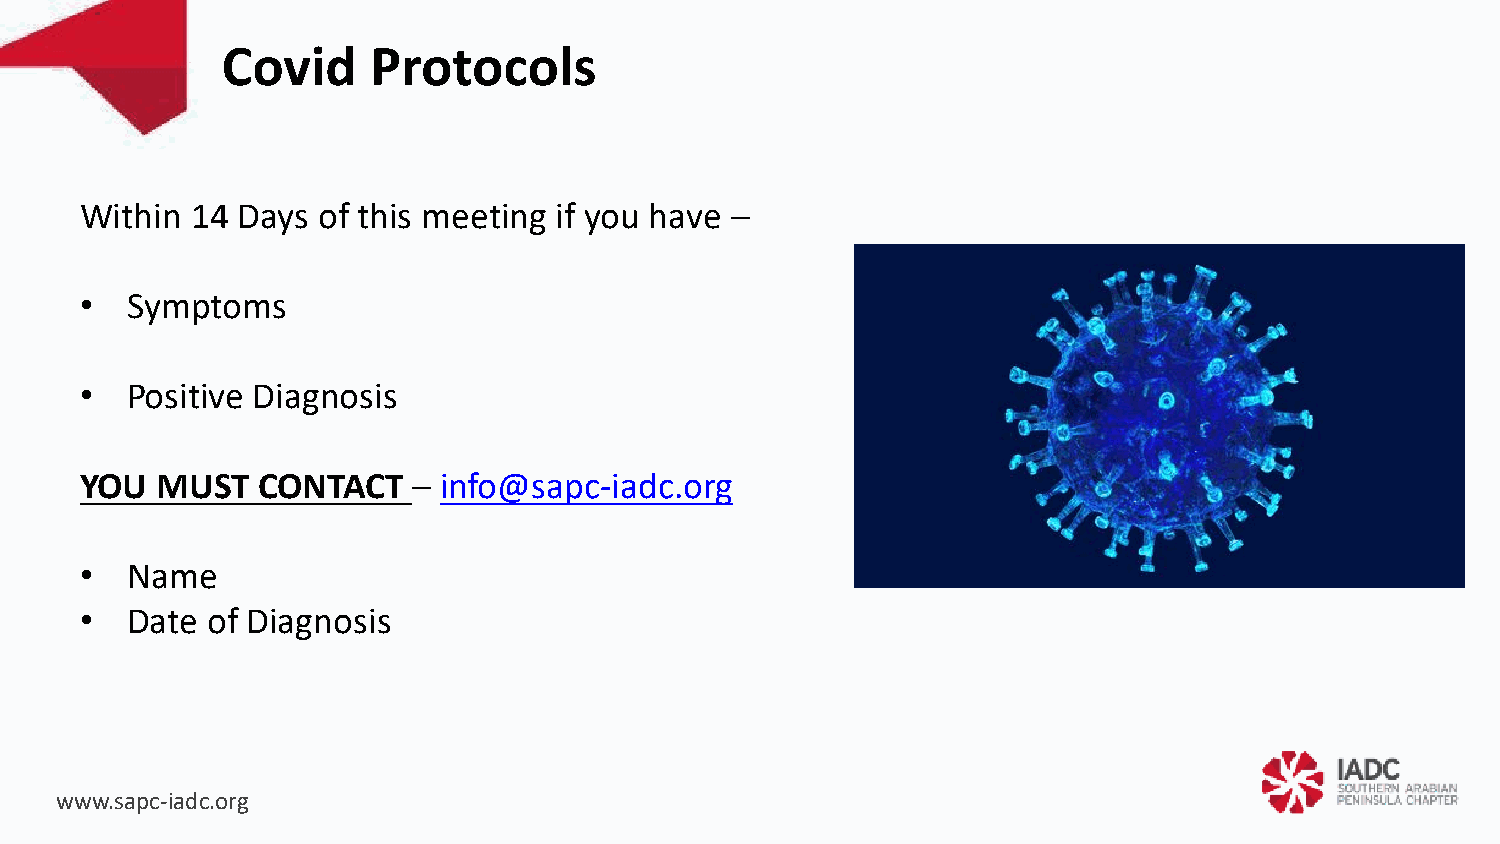
Covid     Protocols
 Within  14 Days of this meeting if you have –
 •  Symptoms
 •  Positive Diagnosis
 YOU  MUST   CONTACT   – info@sapc-iadc.org
 •  Name
 •  Date  of Diagnosis
 www.sapc-iadc.org